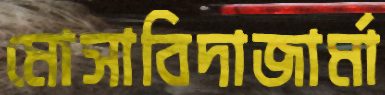
মোসাবিদাজার্মা